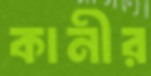
কানীর